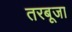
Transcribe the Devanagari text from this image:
तरबूजा